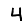
Digit: 4